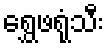
ရွှေဖရုံသီး